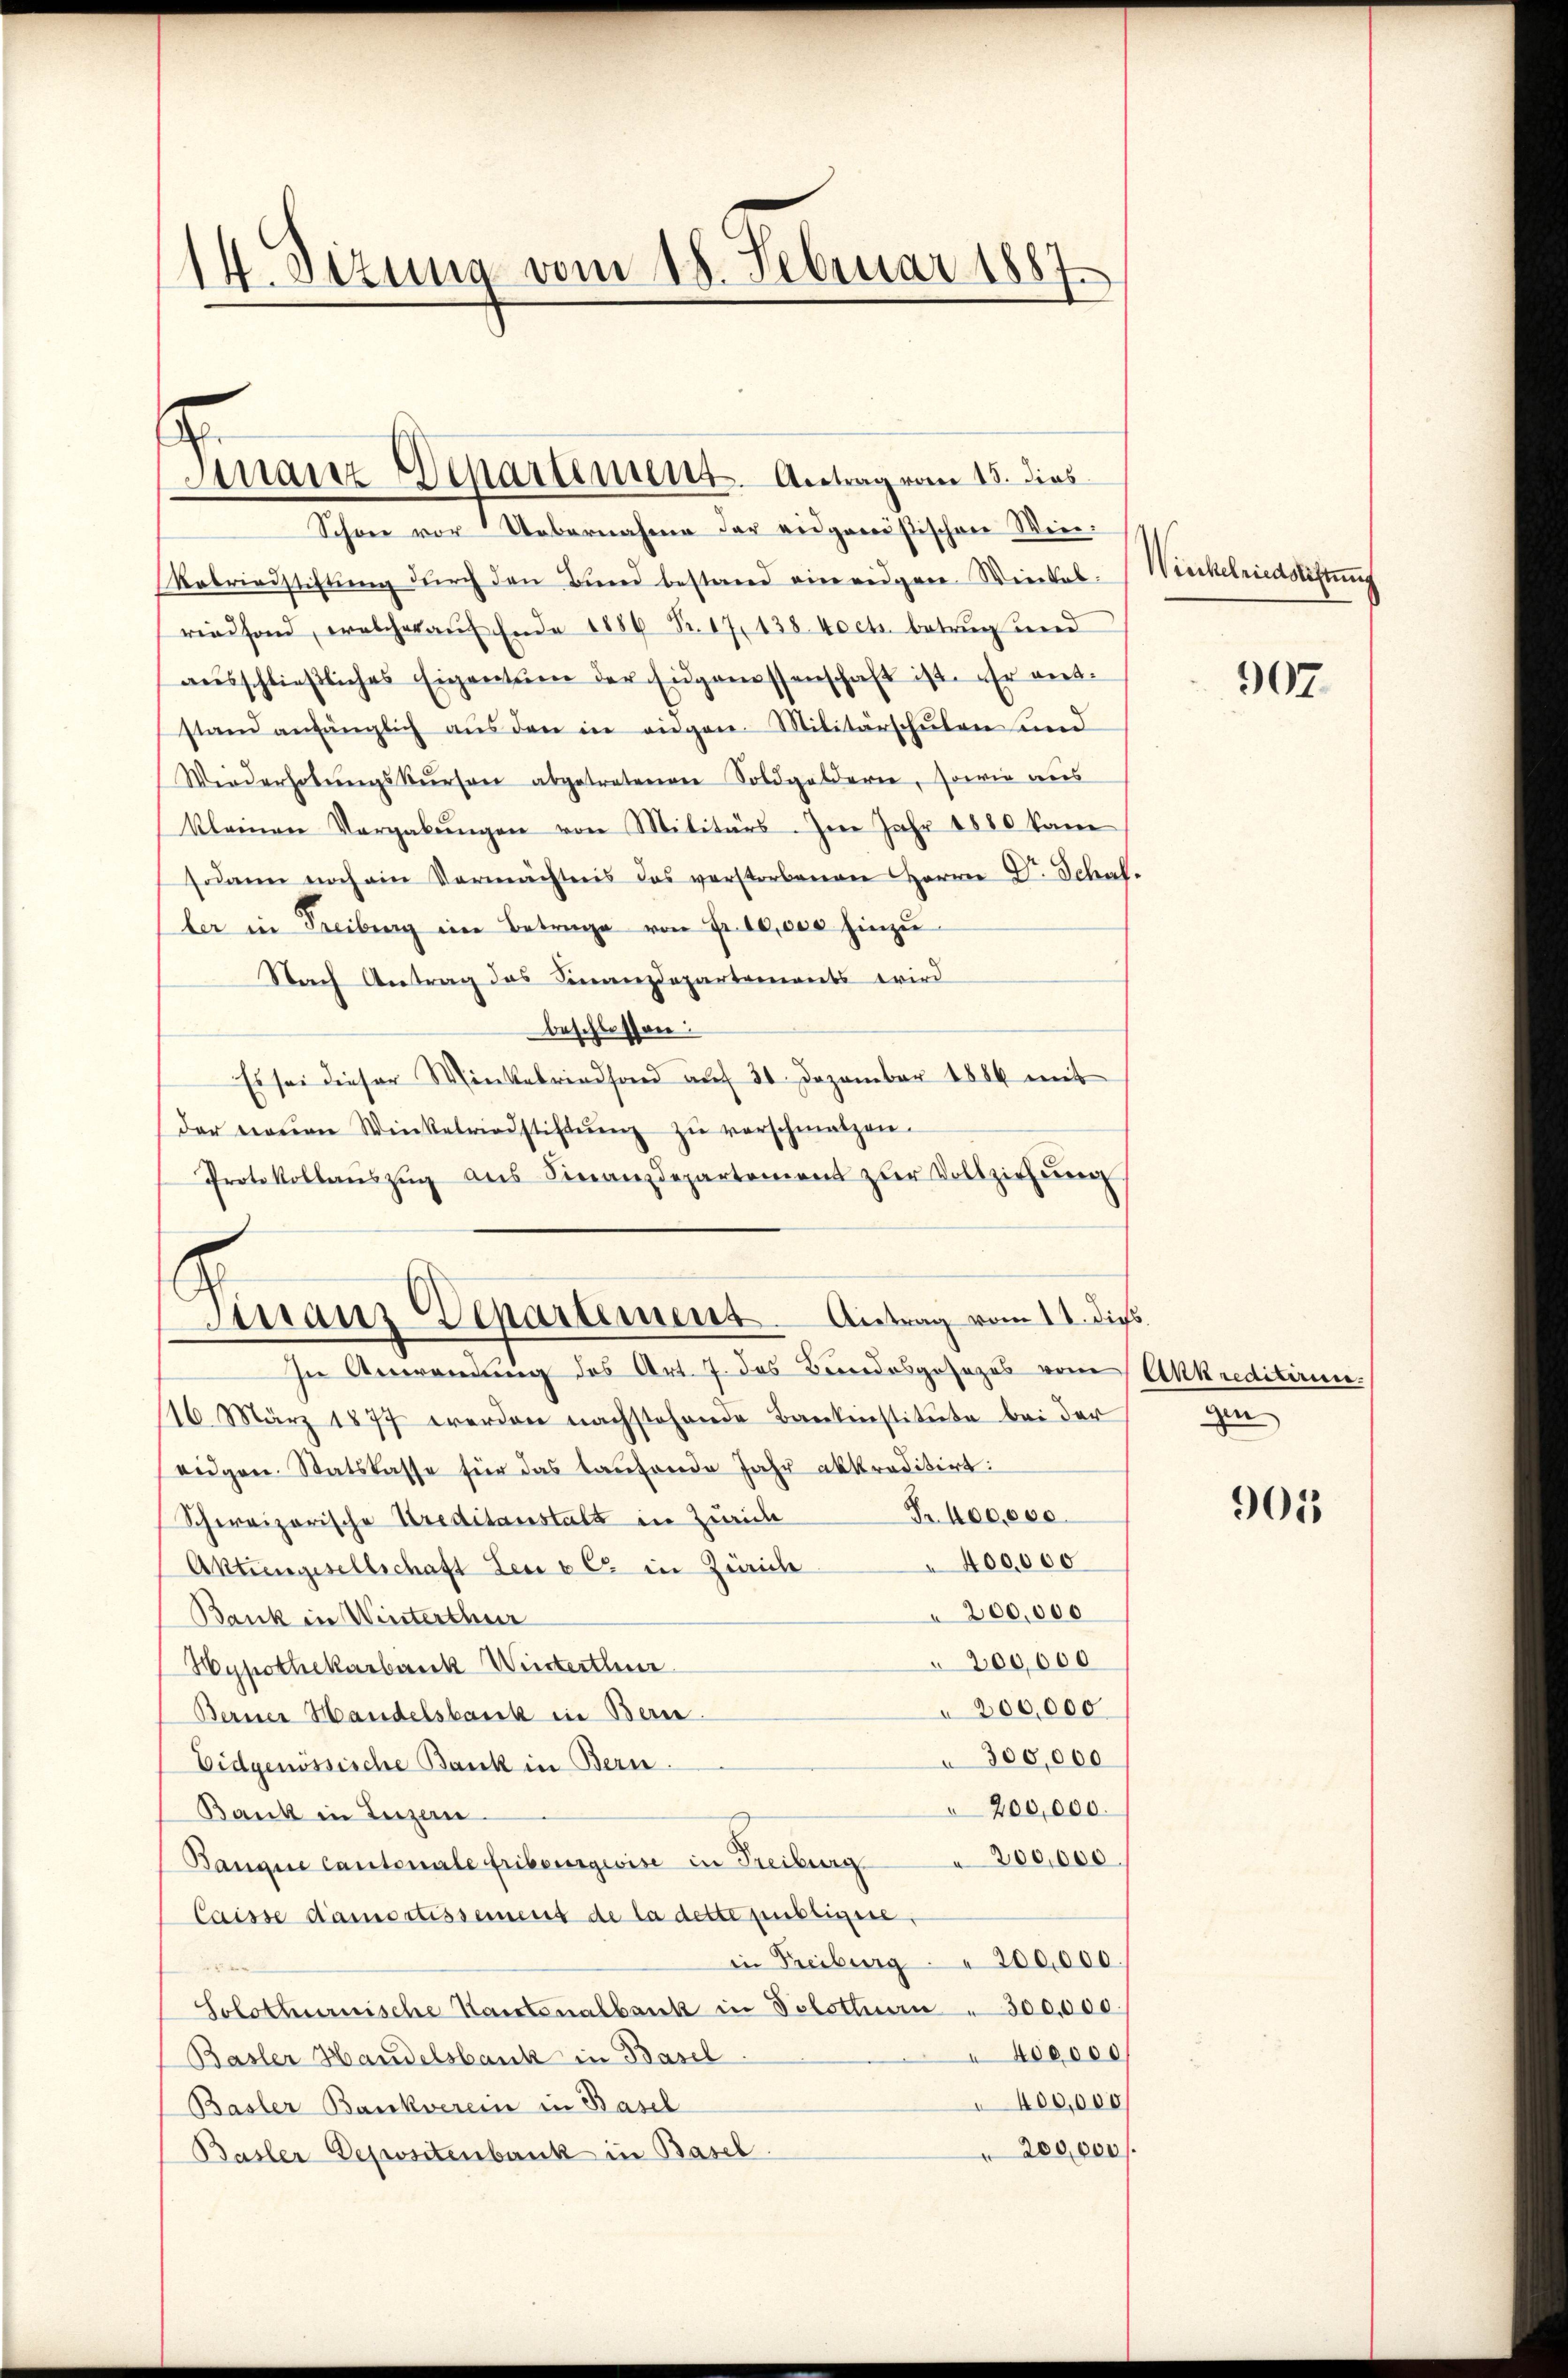
14. Sizung vom 18. Februar 1887

Finanz-Departement. Antrag vom 15. dies

Schon vor Uebernahme der eidgenößischen Wie¬
Rebriedstiftŭng dŭrch den Bŭnd bestand ein eidgen. Wiedel-
riedfond, welcher aŭf Ende 1886 Fr. 17, 138 koch. betrugend
aŭsschlieβliches Eigentum der Eidgenossenschaft ist. Er entstand anfänglich aŭs den in angen Militärschulen und
Wiederholungskursee abgetretenen Soldgelderen, sowie aus
kleinen Vergabŭngen von Militärs. Im Jahr 1880 kam
sodann noch ein Vermächtnis das verstorbenen Herrn D. Schaf-
ler in Freibung ein Betrage von Fr. 10,000 hinzŭ
Nach Antrag das Finanzdepartements wird
beschlossen:
Es sei dieser Winkelriedfond auf 30 Dezember 1886 mit
der neuen Winkelriedstiftŭng zŭ verschmalzen.
Protokollaŭszŭg ans Finanzdepartement zŭr Vollziehŭng

Tinaus Departement. Antrag vom 11. dies
In Anwendung des Art. J. das Bundesgesezes vom

16. März 1877 werden nachstehende Bankinstitute bei der
eidgen. Statskasse für das taufende Jahr abkreditirt:
Fr. 400,000.
Schweizerische Kreditanstalt in Zürich
400,000
Aktiengesellschaft Leu v C in Zürich
200,000
Bank in Winterthur
200,000
Hypothekarbank Winterthur
200,000
Berner Handelsbank in Bern.
300,000
Eidgenössische Bank in Bern.
200,000.
Bank in Luzern
Banque Cantonale Eribensgeise in Freiburg  200,000.
Caisse damortissemens de la dette publizire,
in Freiburg . " 200,000
Solothurnische Kantonalbank in Solothurn " 300,000
400000
Basler Handelsbank in Basel.
400,000
Basler Bankverein in Basel
200,000.
Basler Depositenbank in Basel.

Winkelriedstiftung

907.

Akkreditiren.
gen

901